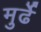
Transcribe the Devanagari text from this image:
मुर्ढे